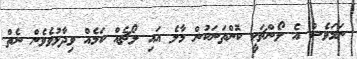
ނަމަވެސް އެ ލޯންޗަކީ ކޮންތަނަކުން މާލެ އައި ލޯޗެއް ކަމެއް ވިދާޅުވެވެން ނެތް